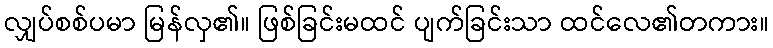
လျှပ်စစ်ပမာ မြန်လှ၏။ ဖြစ်ခြင်းမထင် ပျက်ခြင်းသာ ထင်လေ၏တကား။